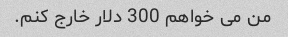
من می خواهم 300 دلار خارج کنم.